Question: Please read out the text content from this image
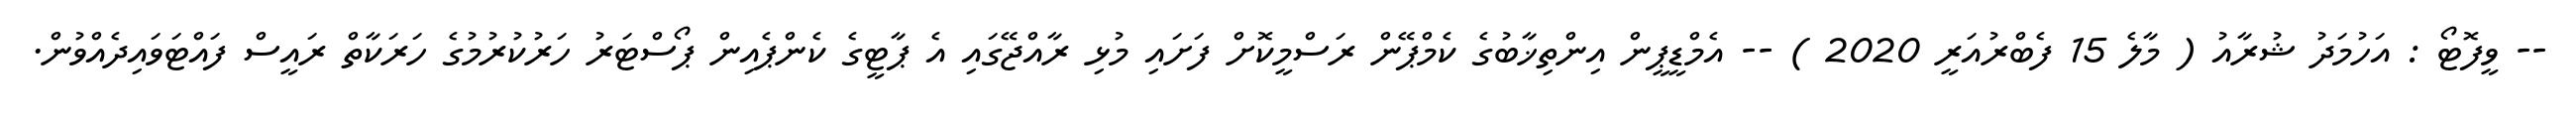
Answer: -- ވީފޮޓޯ : އަހުމަދު ޝުރާއު ( މާލެ 15 ފެބްރުއަރީ 2020 ) -- އެމްޑީޕީން އިންތިޚާބުގެ ކެމްޕޭން ރަސްމީކޮށް ފަށައި މުޅި ރާއްޖޭގައި އެ ޕާޓީގެ ކެންޕެއިން ޕޯސްޓަރު ހަރުކުރުމުގެ ހަރަކާތް ރައީސް ފައްޓަވައިދެއްވުން.